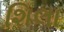
શિલા